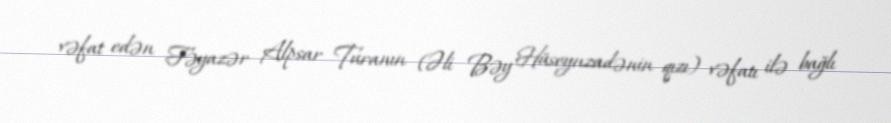
vəfat edən Fəyazər Alpsar Turanın (Əli Bəy Hüseynzadənin qızı) vəfatı ilə bağlı